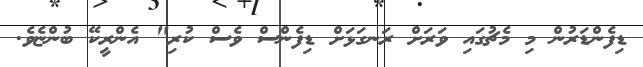
ޑިފެންޑަރުން މި މެޗުގައި ވަރަށް ރަނގަޅަށް ޑިފެންސް ވެސް ކުރި" އެންރީކޭ ބުންޏެވެ.